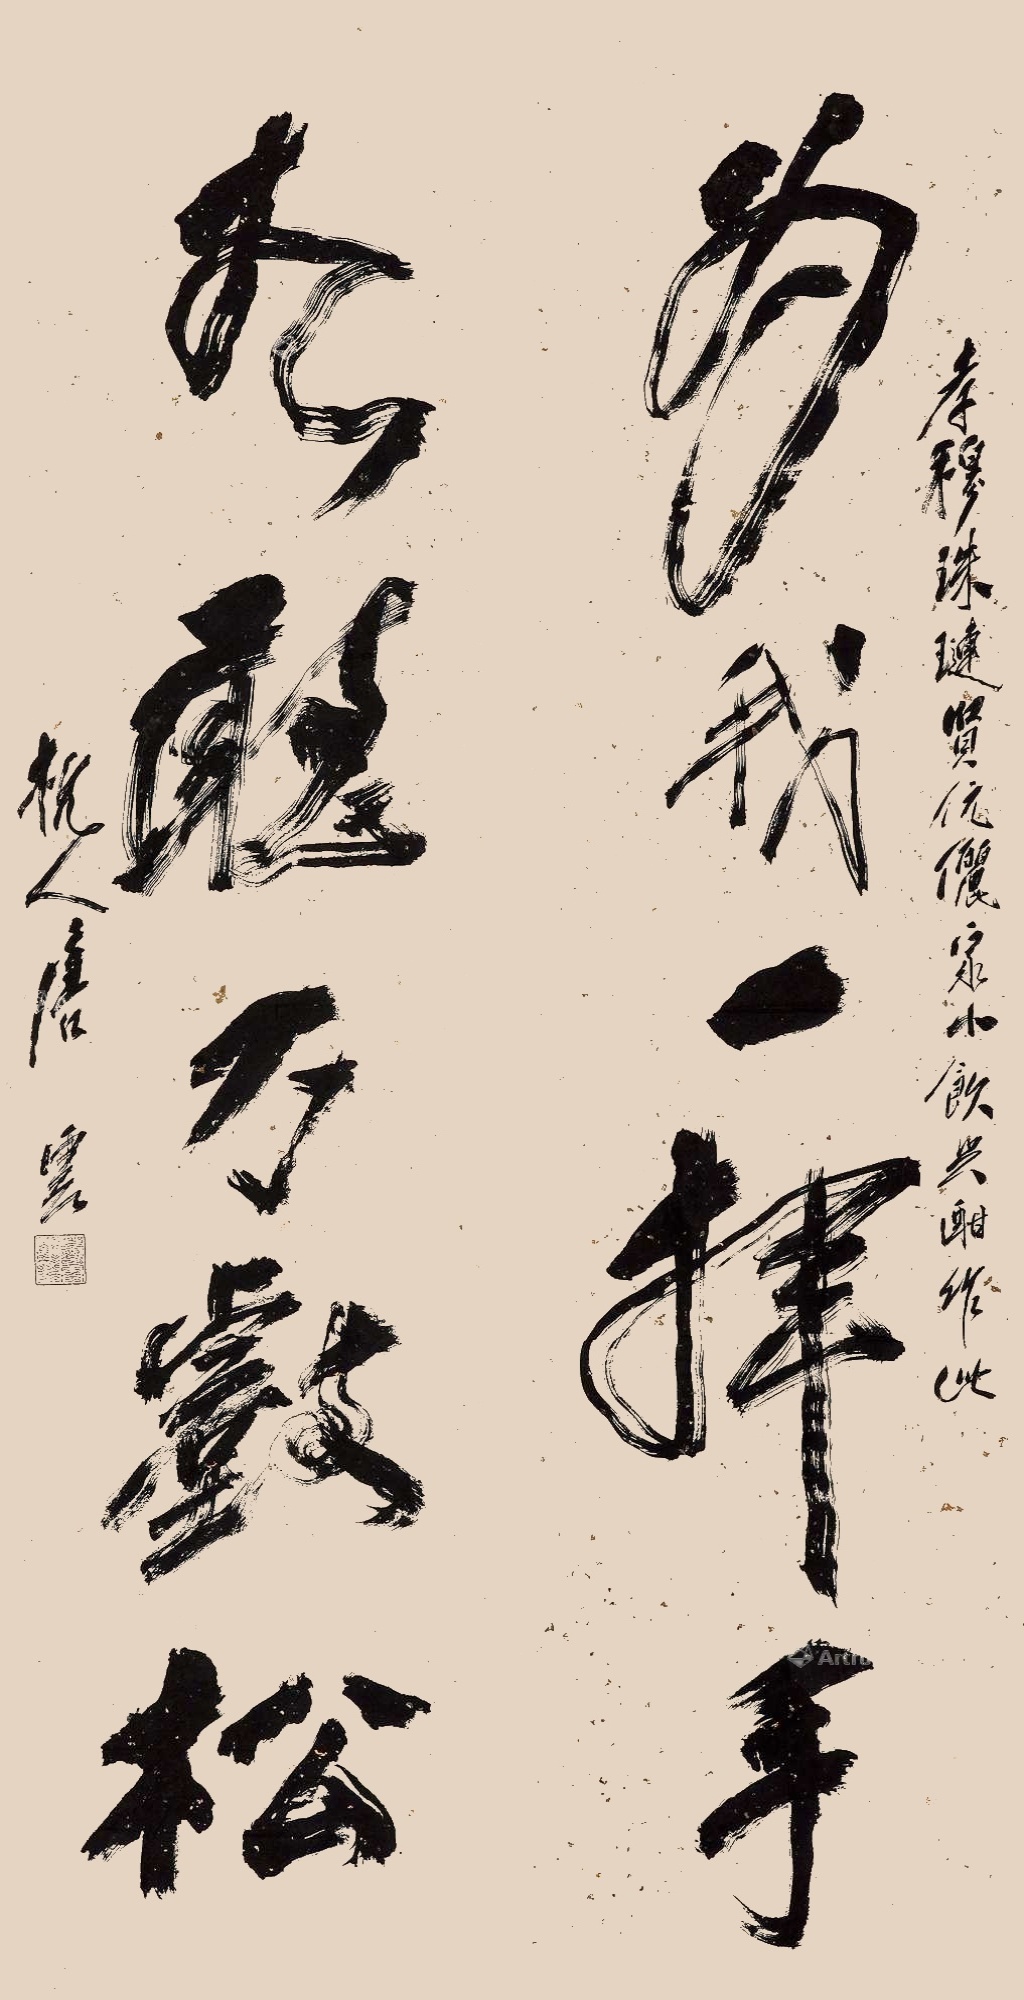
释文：为我一挥手，如听万壑松。孝穆珠琏贤伉俪家小饮兴酣作此。杭人唐云。